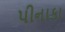
પીનાકા